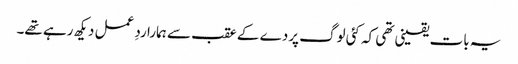
یہ بات یقینی تھی کہ کئی لوگ پردے کے عقب سے ہمارا ردِ عمل دیکھ رہے تھے۔